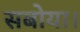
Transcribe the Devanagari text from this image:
सबोया।